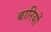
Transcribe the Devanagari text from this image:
बारियों